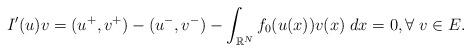
LaTeX: \begin{align*}I'(u)v = (u^+,v^+) - (u^-,v^-) - \int_{\mathbb{R}^N}f_0(u(x))v(x)\;dx = 0, \forall \; v \in E. \end{align*}